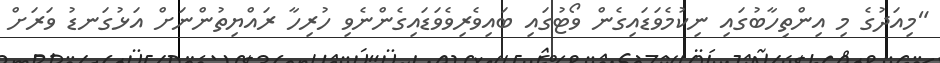
"މިއަދުގެ މި އިންތިހާބުގައި ނިކުމެވަޑައިގެން ވޯޓުގައި ބައިވެރިވެވަޑައިގެންނެވި ހުރިހާ ރައްޔިތުންނަށް އަޅުގަނޑު ވަރަށް